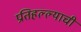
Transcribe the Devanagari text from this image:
प्रतिहल्ल्याची